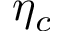
\eta _ { c }